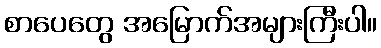
စာပေတွေ အမြောက်အများကြီးပါ။